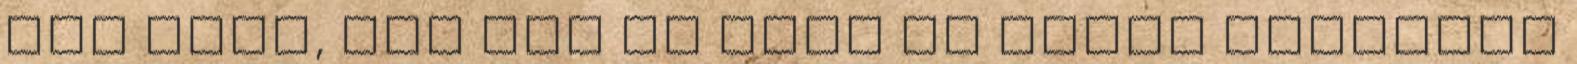
ovi igen, már ott is volt az éppen aktuális